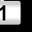
Digit: 1